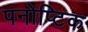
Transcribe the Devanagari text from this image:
पनोप्टिक